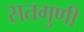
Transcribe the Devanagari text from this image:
सतगुणी